Madras plague regulations in force outside the Presidency town - Volume 2
Disease focus: Plague
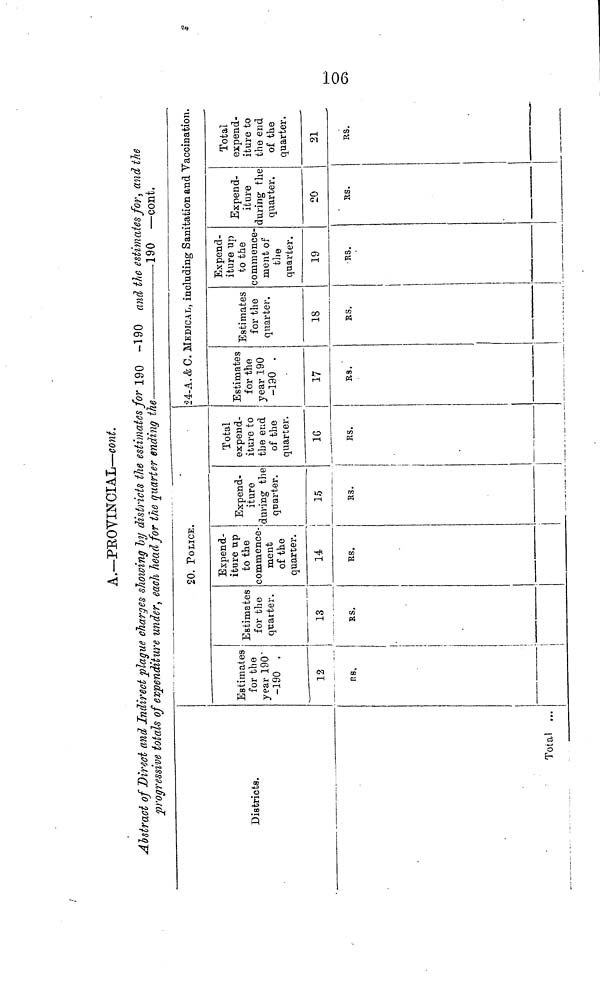
106
A.—PROVINCIAL—cont.
Abstract of Direct and Indirect plague charges showing by districts the estimates for 190 -190 and the estimates for, and the
progressive totals of expenditure under, each head for the quarter ending the
190 —cont.
Districts.
Total ...
20. POUCE.
Estimates
for the
year 190
-190 .
12
Rs.
Estimates
for the
quarter.
13
RS.
Expend-
iture up
to the
commence-
ment
of the
quarter.
Expend-
iture
during the
quarter.
14
| 15
RS.
R3.
Total
expend-
iture to
the end
of the
quarter.
16
RS.
.
24-A.& C. MEDICAL, including Sanitation and Vaccination.
Estimates
for the
year 190
-130 .
17
RS.
Estimates
for the
quarter.
18
RS.
Expend-
iture up
to the
commence-
ment of
the
quarter.
19
RS.
..
Expend-
iture
during the
quarter.
20
RS.
Total
expend-
iture to
the end
of the
quarter.
21
RS.